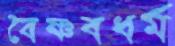
বৈষ্ণবধর্ম